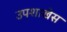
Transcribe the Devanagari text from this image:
उपशाखेस